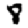
Digit: 8